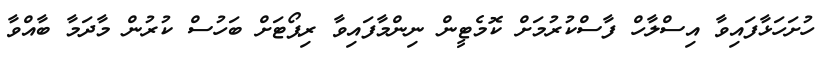
ހުށަހަޅާފައިވާ އިސްލާހް ފާސްކުރުމަށް ކޮމެޓީން ނިންމާފައިވާ ރިޕޯޓަށް ބަހުސް ކުރުން މާދަމާ ބާއްވާ